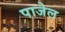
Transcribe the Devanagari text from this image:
पाजेल